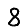
Digit: 8